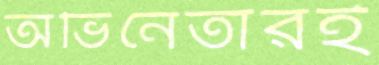
অভিনেতারই